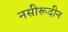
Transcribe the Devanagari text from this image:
नसीरूदीन